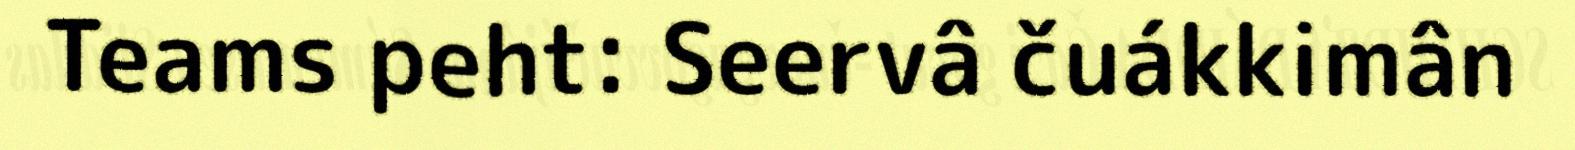
Teams peht: Seervâ čuákkimân